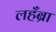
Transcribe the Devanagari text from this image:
लहँब्रा